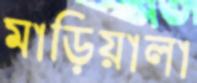
মাড়িয়ালা